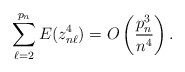
LaTeX: \begin{align*}\sum^{p_n}_{\ell=2}E(z_{n\ell}^4)=O\left(\frac{p_n^3}{n^4}\right).\end{align*}